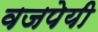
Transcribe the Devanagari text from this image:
वजपेयी